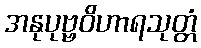
အနုပုဗ္ဗဝိဟာရသုတ္တံ